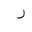
Letter: _ra